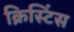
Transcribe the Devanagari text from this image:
क्रिस्टिंस